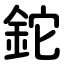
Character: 鉈